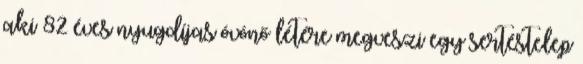
aki 82 éves nyugdíjas óvónő létére megveszi egy sertéstelep